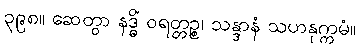
၃၉၈။ ဆေတွာ နဒ္ဓိံ ဝရတ္တဉ္စ၊ သန္ဒာနံ သဟနုက္ကမံ။